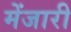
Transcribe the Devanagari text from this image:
मेंजारी